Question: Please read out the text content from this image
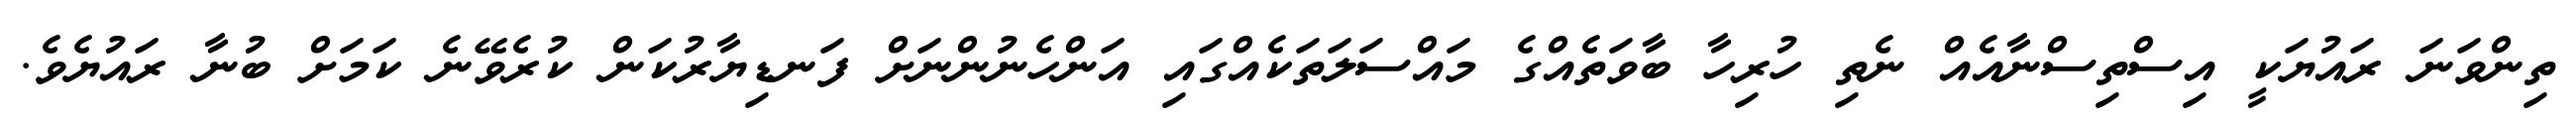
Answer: ތިންވަނަ ރައުޔަކީ އިސްތިސްނާއެއް ނެތި ހުރިހާ ބާވަތެއްގެ މައްސަލަތަކެއްގައި އަންހެނުންނަށް ފަނޑިޔާރުކަން ކުރެވޭނެ ކަމަށް ބުނާ ރައުޔެވެ.